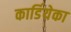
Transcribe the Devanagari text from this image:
कार्डियेका